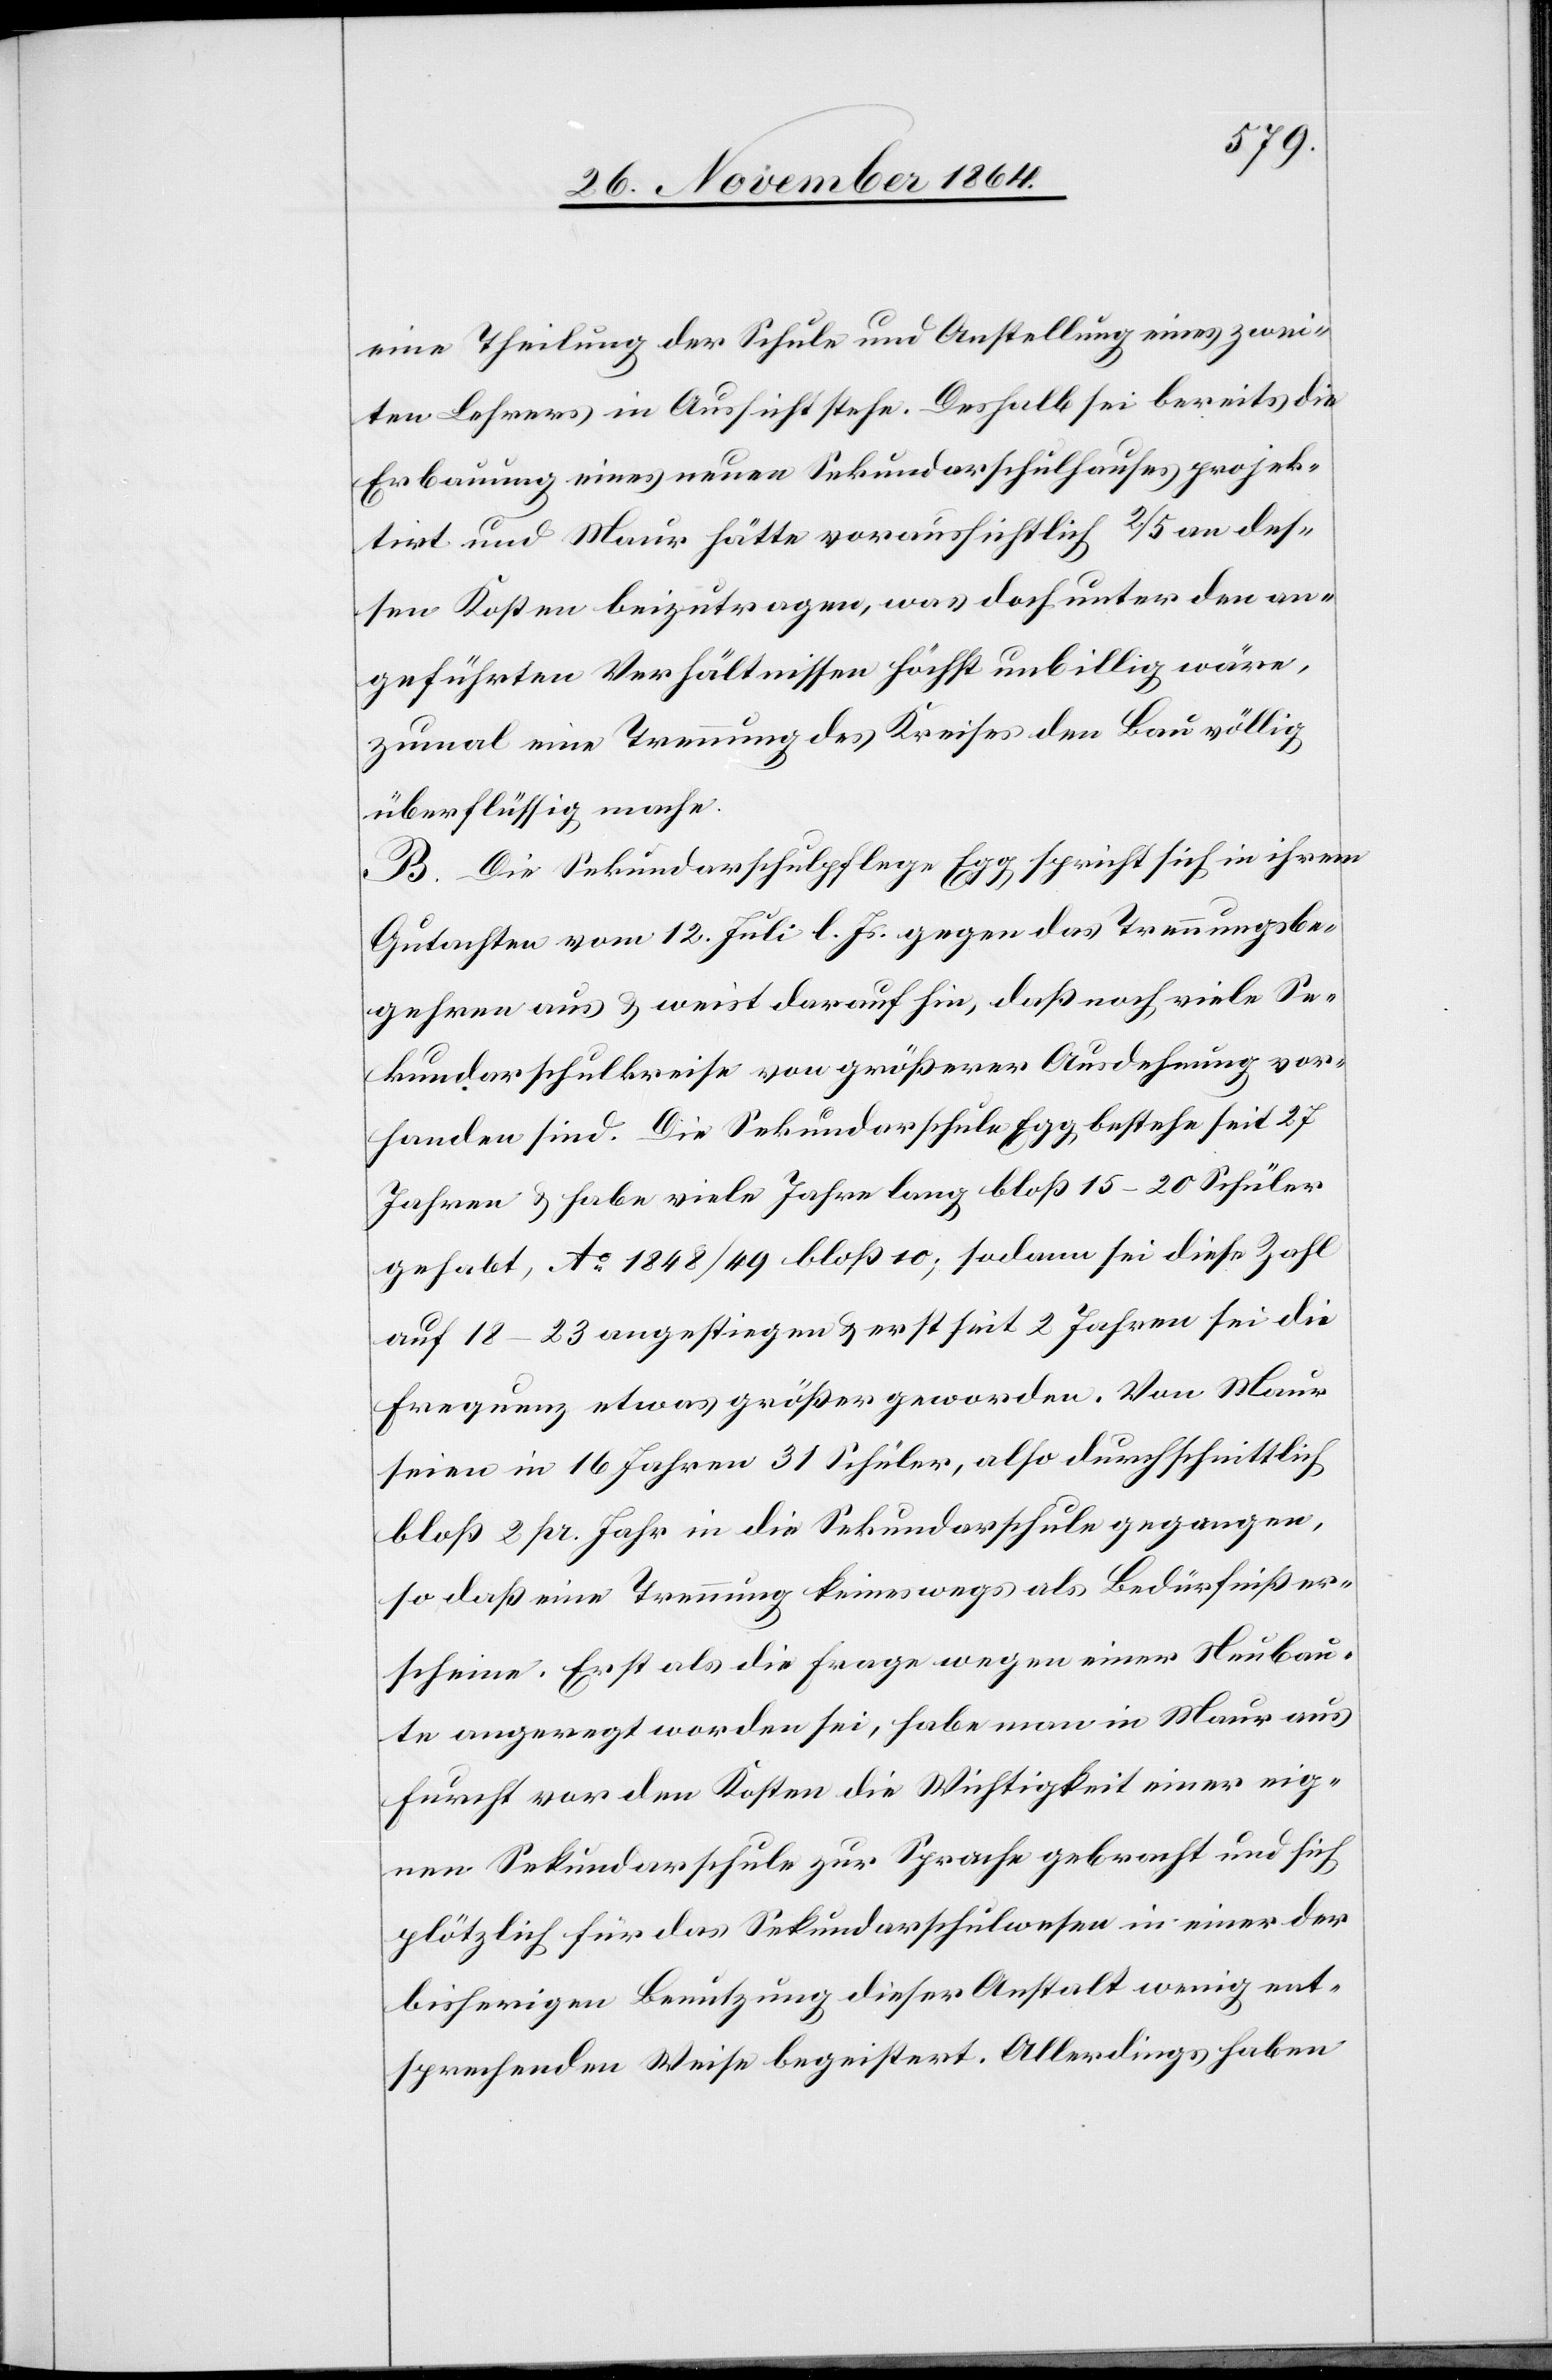
eine Theilung der Schule und Anstellung eines zwei¬
ten Lehrers in Aussicht stehe. Deshalb sei bereits die
Erbauung eines neuen Schulhauses projektirt und
dessen Kosten beizutragen, was doch unter den an¬
geführten Verhältnissen höchst unbillig wäre,
zumal eine Trennung des Kreises den Bau völlig
überflüssig mache.
B. Die Sekundarschulpflege Egg spricht sich in ihrem
Gutachten vom 12. Juli l. Js. gegen das Trennungsbe¬
gehren aus & weist darauf hin, daß noch viele Se¬
kundarschulkreise von größerer Ausdehnung vor¬
handen sind. Die Sekundarschule Egg bestehe seit 27
Jahren & habe viele Jahre lang bloß 15–20 Schüler
gehabt, Ao 1848/49 bloß 10; sodann sei diese Zahl
auf 18–23 angestiegen & erst seit 2 Jahren sei die
Frequenz etwas größer geworden. Von Maur
seien in 16 Jahren 31 Schüler, also durchschnittlich
bloß 2 pr. Jahr in die Sekundarschule gegangen,
so daß eine Trennung keineswegs als Bedürfniß er¬
scheine. Erst als die Frage wegen einer Neubau¬
te angeregt worden sei, habe man in Maur aus
Furcht vor den Kosten die Wichtigkeit einer eige¬
nen Sekundarschule zur Sprache gebracht und sich
plötzlich für das Sekundarschulwesen in einer der
bisherigen Benutzung dieser Anstalt wenig ent¬
sprechenden Weise begeistert. Allerdings haben